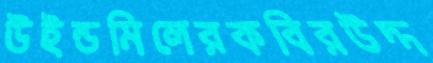
উইন্ডমিলেরকবিরউদ্দ